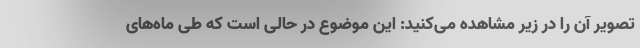
تصویر آن را در زیر مشاهده می‌کنید: این موضوع در حالی است که طی ماه‌های